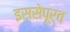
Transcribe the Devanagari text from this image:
इससेपूर्व